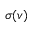
\sigma ( v )